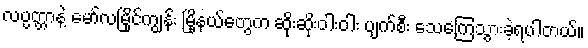
လပ္ပတ္တာနဲ့ မော်လမြိုင်ကျွန်း မြိ့ုနယ်တွေက ဆိုးဆိုးဝါးဝါး ပျက်စီး သေကြေသွားခဲ့ရပါတယ်။